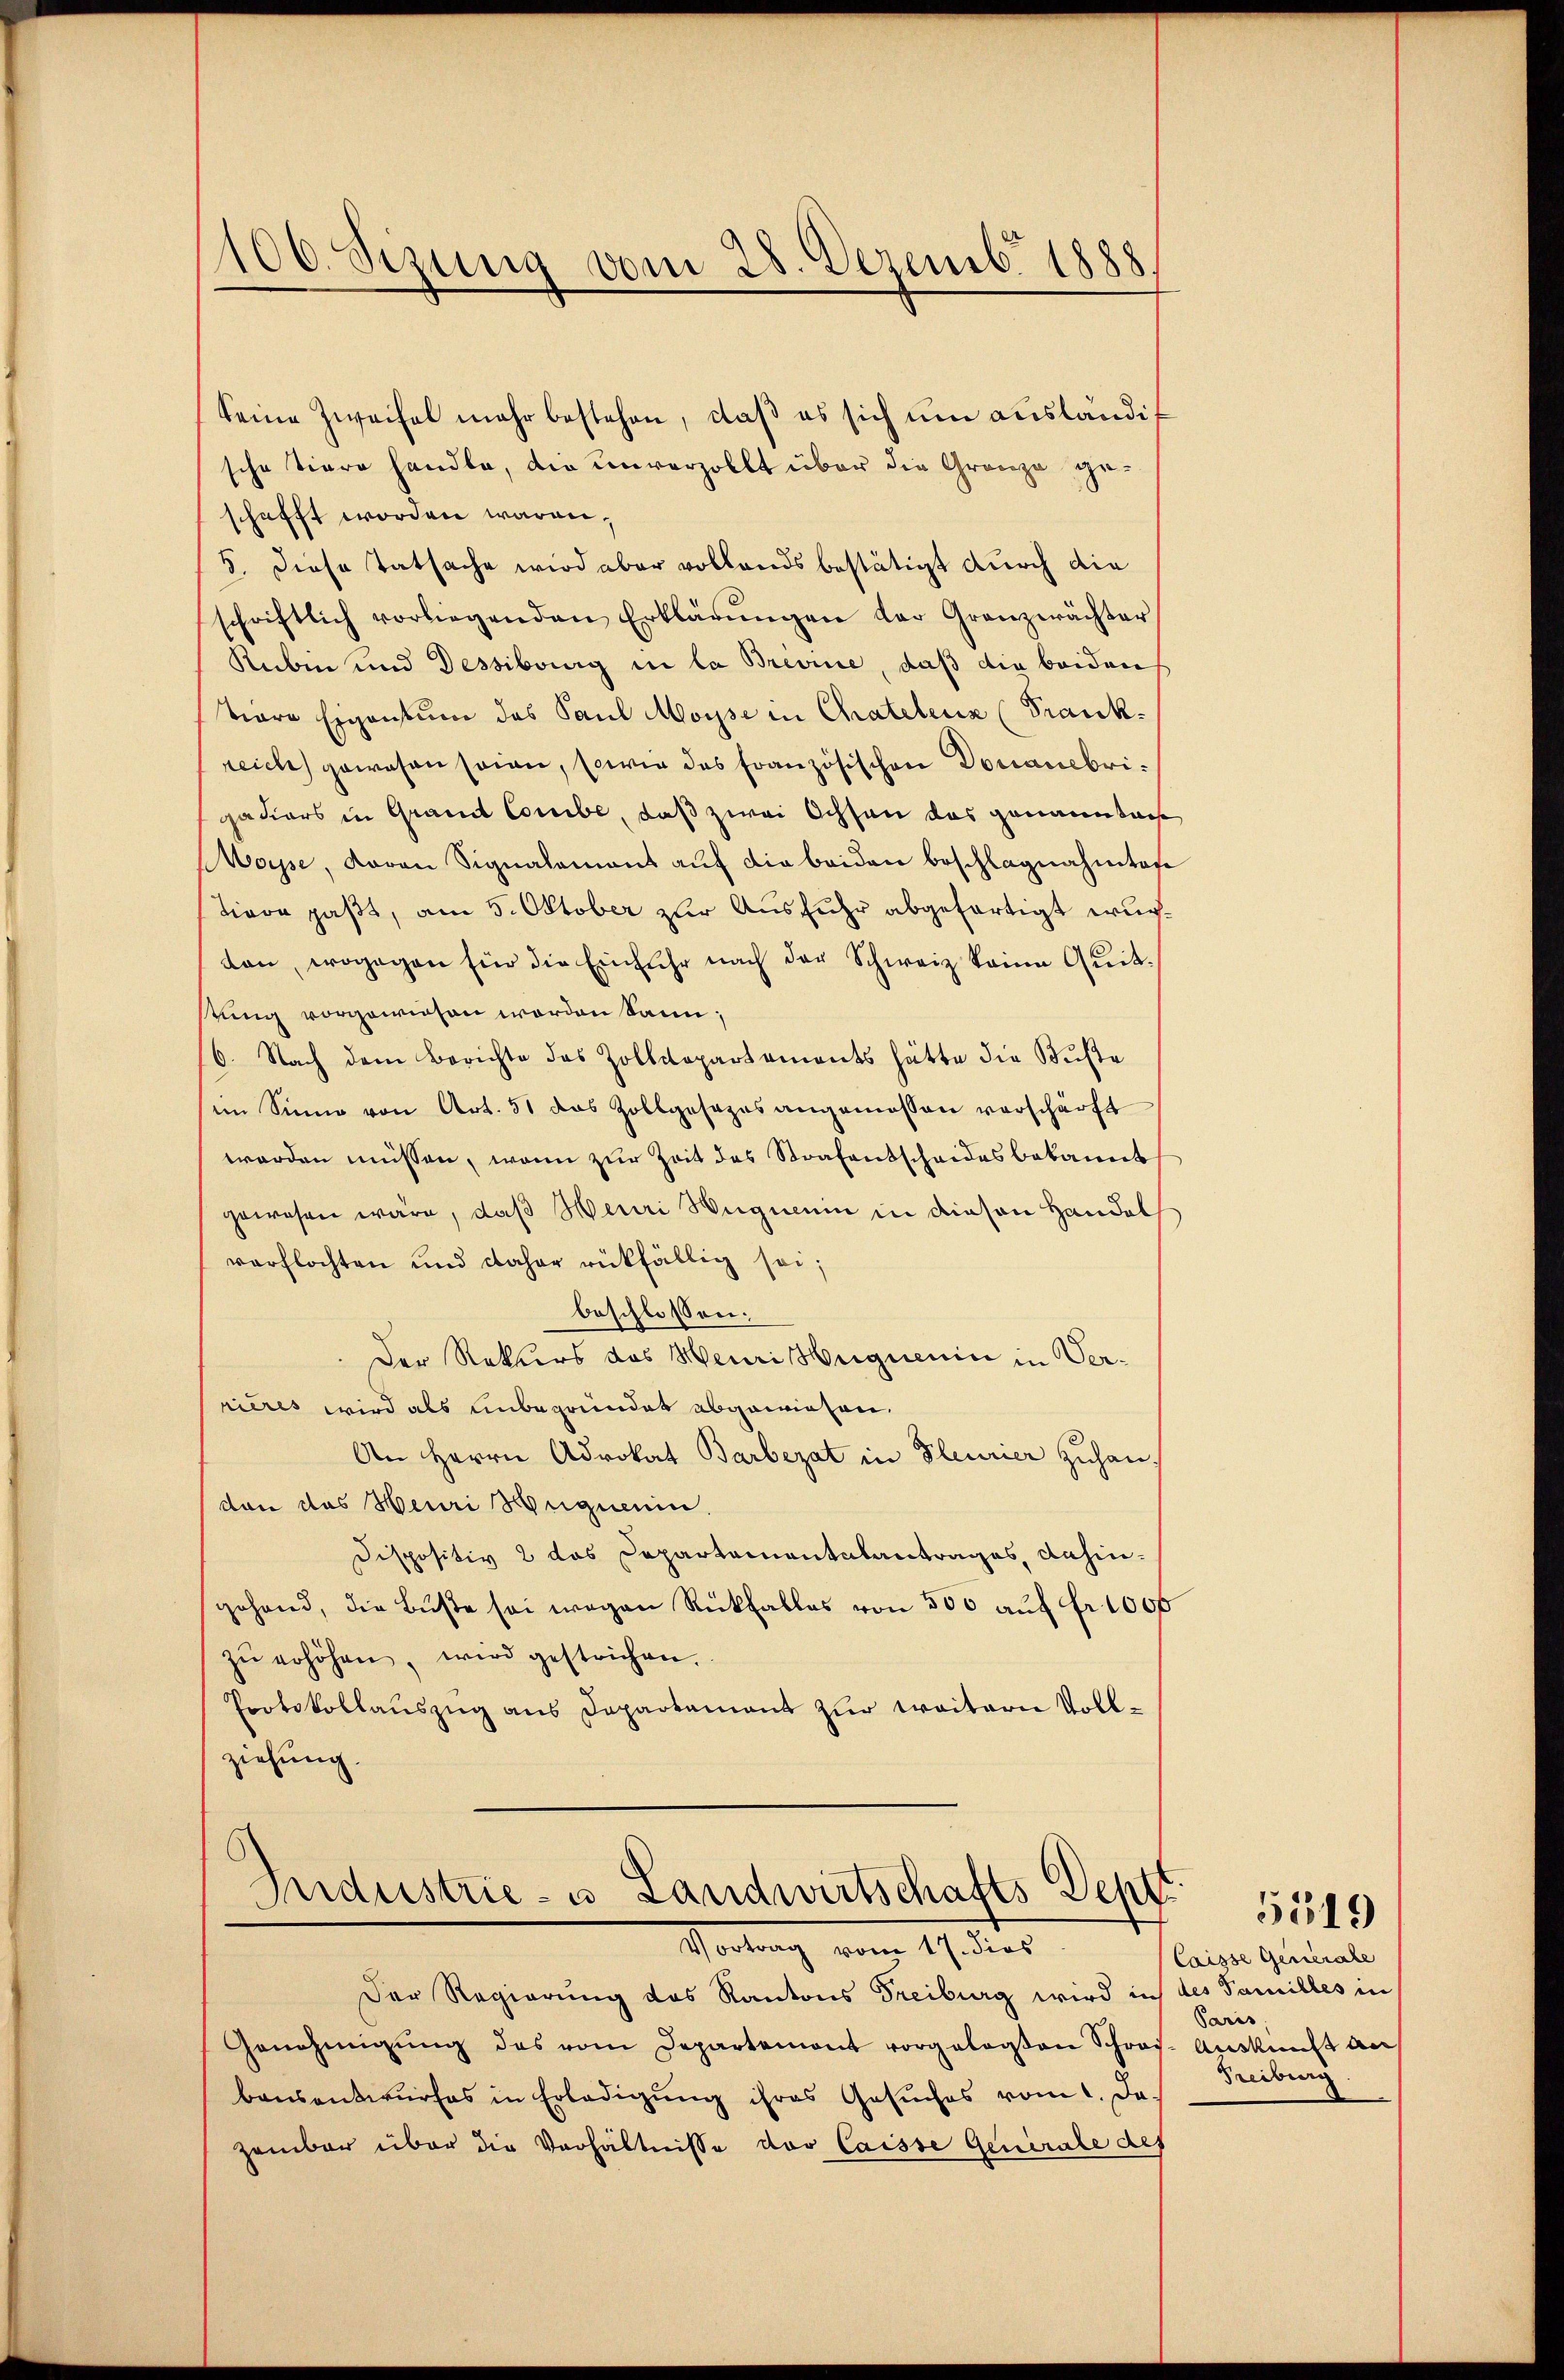
100. Sezung vom 28. Dezemb. 1888

seine Zweifel mehr bestehen, daβ es sich um ausländig
sche Tiere handle, die unverzollt über die Gränze geschafft worden wären,
5. Diese Tatsache wird aber vollands bestätigt durch die
schriftlich vorliegenden Erklärŭngen der Grenzerächter
Reiben und Dessibourg in la Brevine, daß die beiden
viare Eigentum des Paul Moyse in Chatelenz (Frankreich gewesen sein, sowie das französischen Douanebrigadiers in Graut Combe, daß zwei Ochsen das genannta
MMase, daran Signalamant auf die beiden beschlagnahmtafe
Tiere paßt, am 5. Oktober zur Ausfuhr abgefertigt wurton, wogegen für die Einfuhr nach der Schweiz keine Quitstung vorgewiesen worden kann;
6. Nach dem Berichte des Zolldepartements hätte die Küste
im Sinne von Art. 51 das Zollgesezes angemessen verschärft
worden müssen, wenn zur Zeit des Strafentscheides bekannt
gewesen wäre, daß Henri Wegmein in diesen Handel
verflochten und daher rückfällig sei;
beschlossen:
Der Rekurs des Meuri Hegnenin in Verrieres wird als unbegründet abgewiesen.
An Herrn Advokat Barbezat in Pleurier zuhan¬
(den das Heuri Huguenin.
Dispositiv 2 das Departementalantrages, dahingehand, die Buße sei wegen Rückfalles von 500 auf fr. 100f
zŭ erhöhen, wird gestrichen.
Protokollauszug aus Departamant zur weitern Vollziehung.
Industrie- u Landwirtschafts Dept. 1349.

Vortrag vom 17. dies

Der Regierung das Kantons Freiburg wird in des Familles in
Genehmigŭng des vom Departement vorgelegten Schrei-
bausentwurfes in Erledigung ihres Gesuches vom 1. Jazember über die Verhältnisse der Caisse Generale des

Caisse Generale
Paris
Auskunft au
Freiburg